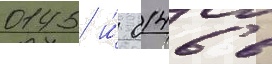
0145 и́ 0146 в